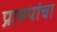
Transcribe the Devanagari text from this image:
प्रारुपांचा